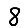
Digit: 8